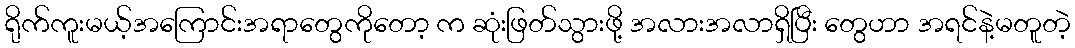
ရိုက်ကူးမယ့်အကြောင်းအရာတွေကိုတော့ က ဆုံးဖြတ်သွားဖို့ အလားအလာရှိပြီး တွေဟာ အရင်နဲ့မတူတဲ့